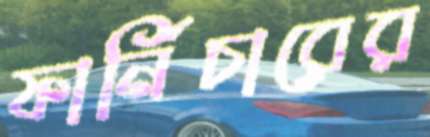
ফার্নিচারের